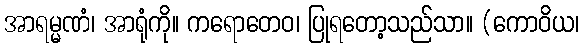
အာရမ္မဏံ၊ အာရုံကို။ ကရောတေဝ၊ ပြုရတော့သည်သာ။ (ကောဝိယ၊